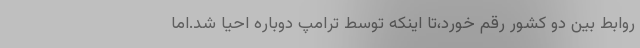
روابط بین دو کشور رقم خورد،تا اینکه توسط ترامپ دوباره احیا شد.اما